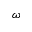
\omega